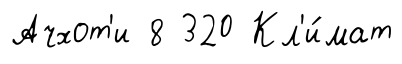
Ачхот'и 8 320 Кл'и́мат